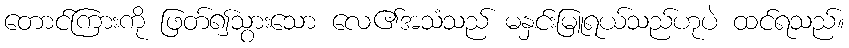
တောင်ကြားကို ဖြတ်၍သွားသော လေ၏အသံသည် မနှင်းမြူရယ်သည်ဟုပဲ ထင်ရသည်။